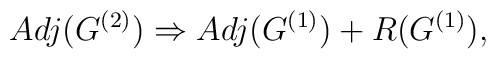
Adj(G^{(2)}) \Rightarrow  Adj(G^{(1)}) + R(G^{(1)}),